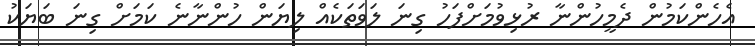
އެހެންކަމުން ދެމީހުންނާ ރުޅިވުމަށްފަހު ގިނަ ލަވަތަކެއް ލިޔަން ހުންނާނެ ކަމަށް ގިނަ ބަޔަކު